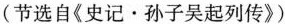
(节选自《史记·孙子吴起列传》）